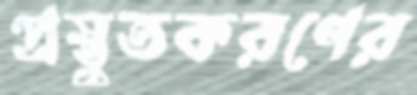
প্রস্তুতকরণের